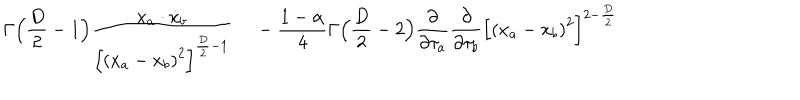
LaTeX: \Gamma \Bigl ( { \frac { D } { 2 } } - 1 \Bigr ) { { \frac { \dot { x } _ { a } \cdot \dot { x } _ { b } } { { \Bigl [ { ( x _ { a } - x _ { b } ) } ^ { 2 } \Bigr ] } ^ { { \frac { D } { 2 } } - 1 } } } \quad } \nonumber \, - { \frac { 1 - \alpha } { 4 } } \Gamma \Bigl ( { { \frac { D } { 2 } } - 2 } \Bigr ) { \frac { \partial } { \partial \tau _ { a } } } { \frac { \partial } { \partial \tau _ { b } } } { \Bigl [ { ( x _ { a } - x _ { b } ) } ^ { 2 } \Bigr ] } ^ { 2 - { \frac { D } { 2 } } }